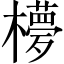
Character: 𣟃